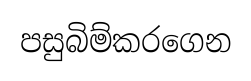
පසුබිම්කරගෙන